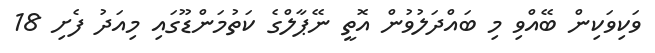
ވަކިވަކިން ބޭއްވި މި ބައްދަލުވުން އޮތީ ނޭޕާލްގެ ކަތުމަންޑޫގައި މިއަދު ފެށި 18